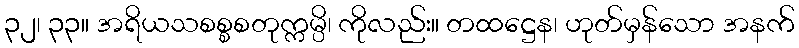
၃၂၊ ၃၃။ အရိယသစစ္စစတုက္ကမ္ပိ၊ ကိုလည်း။ တထဋ္ဌေန၊ ဟုတ်မှန်သော အနက်